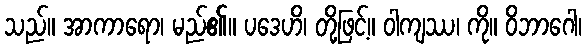
သည်။ အာကာရော၊ မည်၏။ ပဒေဟိ၊ တို့ဖြင့်။ ဝါကျဿ၊ ကို။ ဝိဘာဂေါ၊